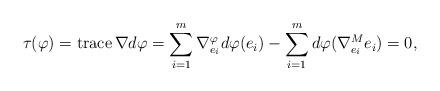
LaTeX: \begin{align*}\tau(\varphi)=\operatorname{trace}\nabla d\varphi=\sum_{i=1}^m\nabla^\varphi _{e_i} d\varphi(e_i)-\sum_{i=1}^md\varphi(\nabla^M _{e_i}e_i)=0,\end{align*}